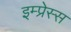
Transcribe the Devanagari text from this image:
इम्प्रेस्स